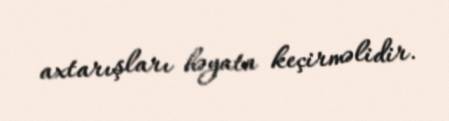
axtarışları həyata keçirməlidir.